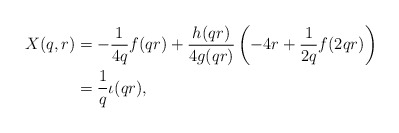
\begin{align*}X(q,r) &= -\frac{1}{4q}f(qr) + \frac{h(qr)}{4g(qr)}\left(-4r + \frac{1}{2q}f(2qr)\right)\\&= \frac{1}{q}\iota(qr),\end{align*}